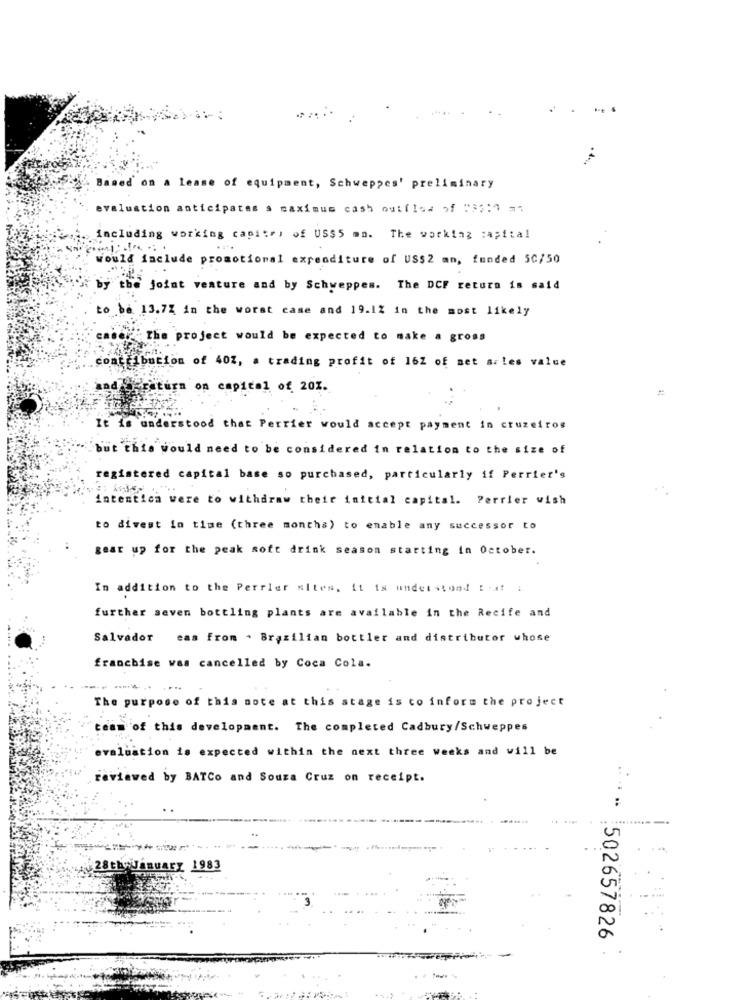
Based on a lease of equipment, Schweppes' preliminary
evaluation anticipates a maximum cash outflow of :32:1 mt
including working capite, of US$5 mn. The working capital
Would include promotional expenditure of US$2 an, funded SC/50
by the joint venture and by Schweppes. The DCF return is said
to be 13.72 in the worst case and 19.1% in the most likely
caser " The project would be expected to make a gross
contribution of 40Z, a trading profit of 16Z of set s. les value
Opraturn on capital of 201.
It is understood that Perrier would accept payment in cruzeiros
but this would need to be considered in relation to the size of
registered capital base so purchased, particularly if Perrier's
intentich were to withdraw their initial capital. Perrier wish
to divest in time (three months) to enable any successor to
gear up for the peak soft drink season starting in October.
In addition to the Perrier sites, it is understood that i
further seven bottling plants are available in the Recife and
Salvador eas from . Brazilian bottler and distributor whose
franchise was cancelled by Coca Cola.
The purpose of this note at this stage is to inform the project
team of this development. The completed Cadbury/Schweppes
evaluation is expected within the next three weeks and will be
reviewed by BATCo and Souza Cruz on receipt.
.. ............
28t
1983
*** 502657826